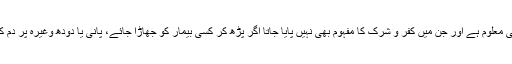
یونہی کسی بیمار پر کلماتِ طیّبات جن کا معنٰی و مفہوم بھی معلوم ہے اور جن میں کفر و شرک کا مفہوم بھی نہیں پایا جاتا اگر پڑھ کر کسی بیمار کو جھاڑا جائے، پانی یا دودھ وغیرہ پر دم کر کے اُسے استعمال کیا جائے تو اس میں کوئی حرج نہیں۔